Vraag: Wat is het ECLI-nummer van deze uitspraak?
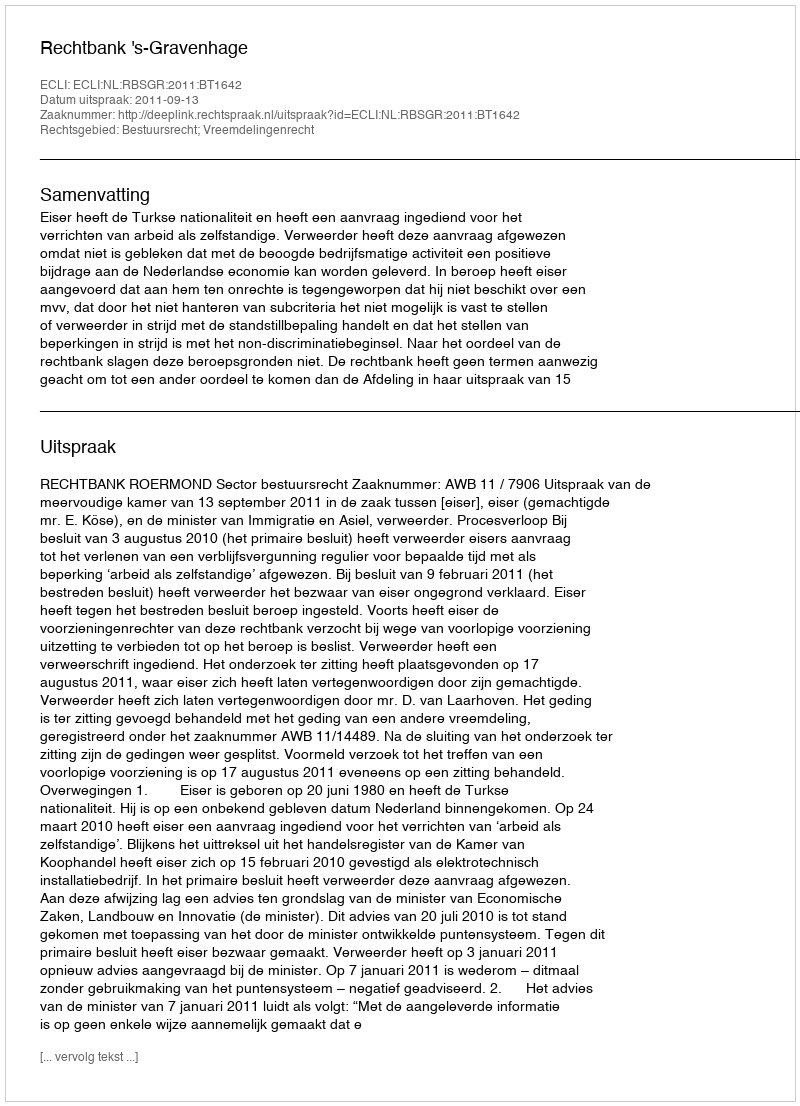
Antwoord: ECLI:NL:RBSGR:2011:BT1642